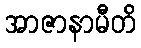
အာဇာနာမီတိ